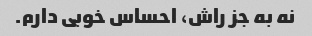
نه به جز راش، احساس خوبی دارم.